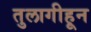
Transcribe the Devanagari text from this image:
तुलागीहून